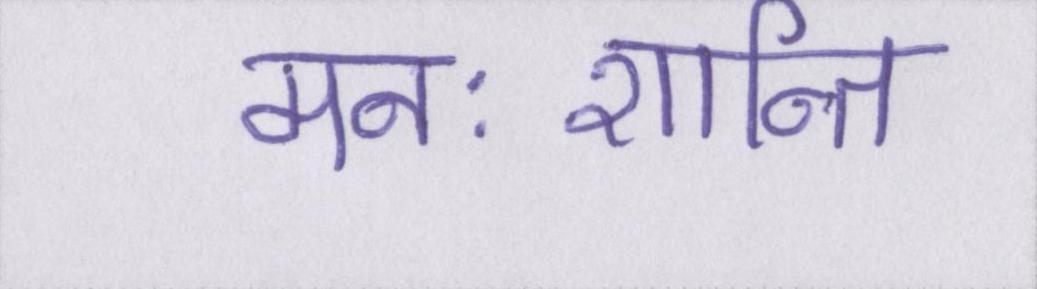
मनःशान्ति